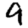
Digit: 9